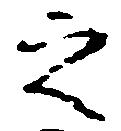
之